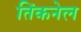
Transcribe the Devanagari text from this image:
तिंकनेल